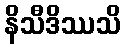
နိသီဒိဿသိ